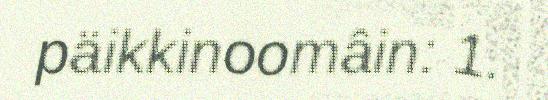
päikkinoomâin: 1.